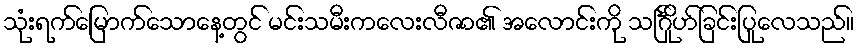
သုံးရက်မြောက်သောနေ့တွင် မင်းသမီးကလေးလီဇာ၏ အလောင်းကို သင်္ဂြိုဟ်ခြင်းပြုလေသည်။